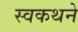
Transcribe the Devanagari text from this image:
स्वकथने